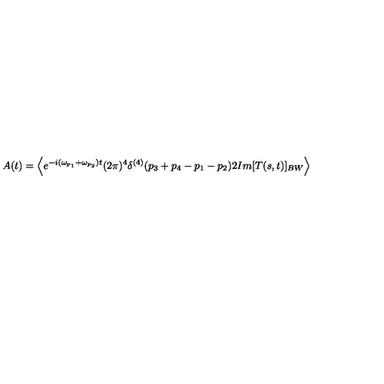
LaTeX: A ( t ) = \left\langle { e ^ { - i ( \omega _ { p _ { 1 } } + \omega _ { p _ { 2 } } ) t } ( 2 \pi ) ^ { 4 } \delta ^ { ( 4 ) } ( p _ { 3 } + p _ { 4 } - p _ { 1 } - p _ { 2 } ) 2 I m [ T ( s , t ) ] _ { B W } } \right\rangle